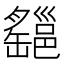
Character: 𤕆